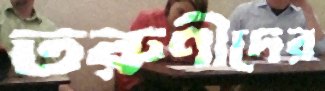
তরুণীদের